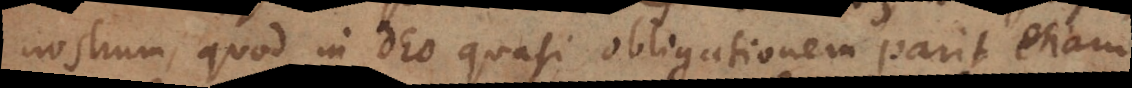
nostrum, quod in Deo quasi obligationem parit etiam